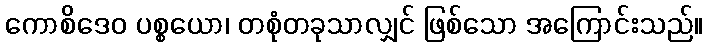
ကောစိဒေဝ ပစ္စယော၊ တစုံတခုသာလျှင် ဖြစ်သော အကြောင်းသည်။